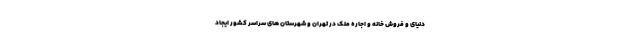
دنیای و فروش خانه و اجاره ملک در تهران و شهرستان های سراسر کشور ایجاد